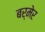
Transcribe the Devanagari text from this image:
बर्मेर